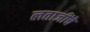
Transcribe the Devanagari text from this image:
लताजींचे